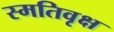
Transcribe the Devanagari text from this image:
स्मतिवृक्ष